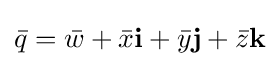
{\bar {q}}={\bar {w}}+{\bar {x}}\mathbf {i} +{\bar {y}}\mathbf {j} +{\bar {z}}\mathbf {k}